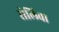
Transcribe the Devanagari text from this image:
सेलिवा